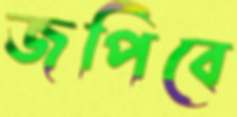
জপিবে